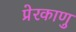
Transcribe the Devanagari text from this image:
प्रेरकाणु